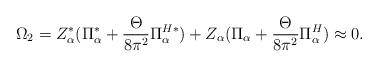
LaTeX: \begin{align*}\Omega_{2}=Z_{\alpha}^{*}(\Pi_{\alpha}^{*}+\frac{\Theta}{8\pi^{2}}\Pi_{\alpha}^{H*})+Z_{\alpha}(\Pi_{\alpha}+\frac{\Theta}{8\pi^{2}}\Pi_{\alpha}^{H})\approx 0. \end{align*}